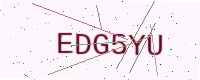
Text: EDG5YU